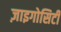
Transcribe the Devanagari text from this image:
ज़ाइगोसिटी